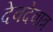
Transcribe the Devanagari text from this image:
देवदेवात्र